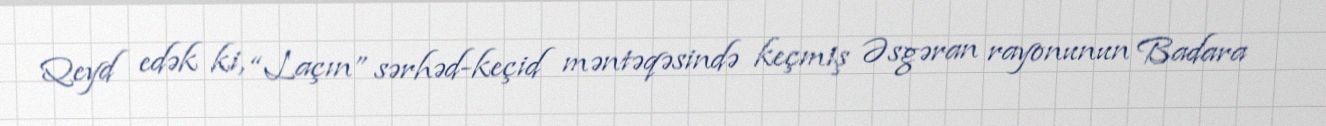
Qeyd edək ki, “Laçın” sərhəd-keçid məntəqəsində keçmiş Əsgəran rayonunun Badara